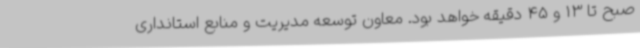
صبح تا 13 و 45 دقیقه خواهد بود. معاون توسعه مدیریت و منابع استانداری